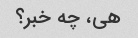
هی، چه خبر؟